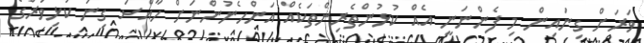
ވަރަށް ގިނައިން މި ފެންނަނީ އެއް ކުޅުންތެރިންތަކެއް އަންހެނުންނަށް ހާއްސަ ގިނަ ކުޅިވަރުގެ